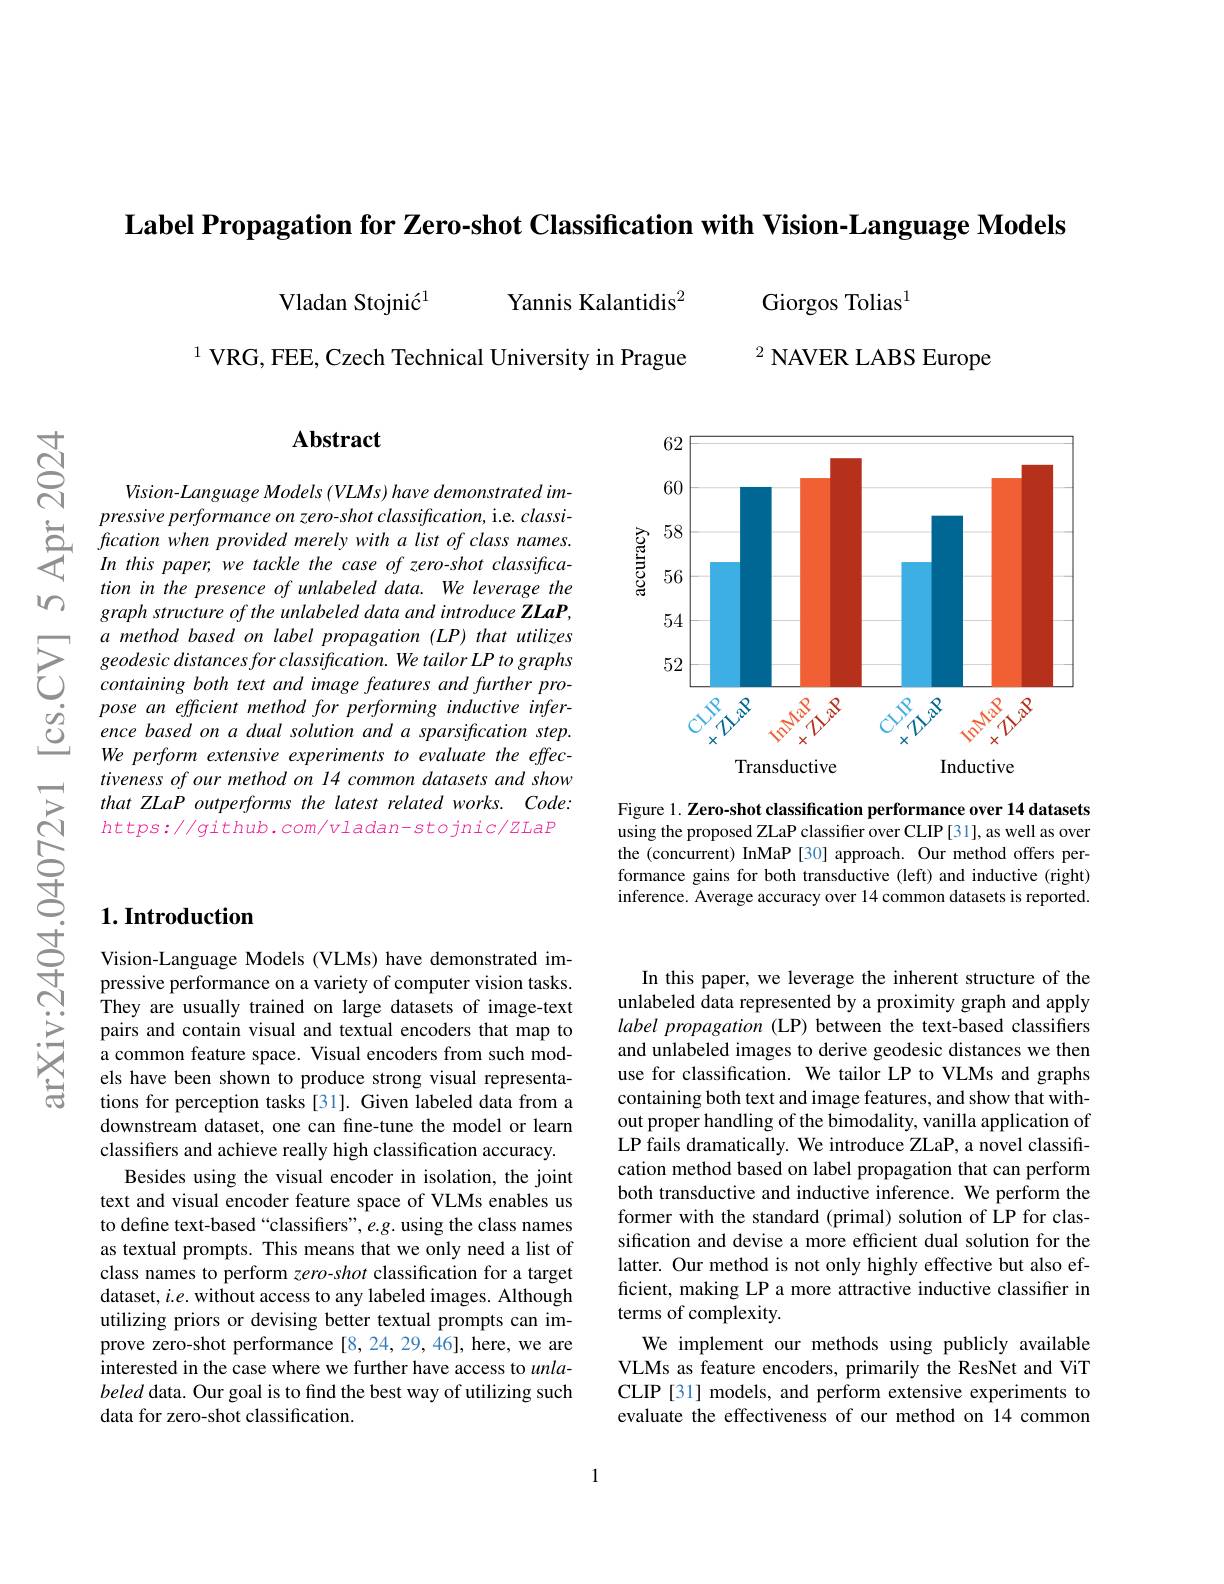
Label Propagation for Zero-shot Classification with Vision-Language Models

Yannis Kalantidis$^{2}$

Vladan Stojnić$^{1}$

$^{1}$ VRG, FEE, Czech Technical University in Prague

Giorgos Tolias$^{1}$

$^{2}$ NAVER LABS Europe

$ন্ল$

$m$

## $\mathbf{Abstract}$

Vision- Language Models (VLMs) have demonstrated im-
pressive performance $on$ $zero- shot$ $classification$, i. e. classi- $\sum fication$ when provided merely with $a$ list $of$ class $names.$ $In$ this $paper$, $we$ tackle the case $of$ $zero- shot$ $classiftca-$
tion in the presence of unlabeled data. We leverage the graph structure of the unlabeled data and introduce ZLaP,
$\sum_{\begin{aligned}&a\text{ method based on label propagation (LP) that utilizes}\\&\text{geodesic distances for classjfication. We tailor LP to graphs}\\&\text{containing both text and image features and further pro-}\end{aligned}}$
pose an efficient method for performing inductive infer-
$\begin{array}{ccc}\dot{O}&pose&an&eftcient&method&for&performung&mductive&mfer-\\\dot{O}&&ence&based&on&a&dual&solution&and&a&sparsification&step.\\&&Wa&narform&astanciva&ararimants&to&avaluata&tha&affac\end{array}$
We perform extensive experiments to evaluate the effectiveness of our method on 14 common datasets and show that ZLaP outperforms the latest related works. Code: $https://github.com/vladan-stojnic/ZLaP$

<FigureHere>

Figure 1. Zero-shot classification performance over 14 datasets using the proposed ZLaP classifier over CLIP[31], as well as over the (concurrent) InMaP [30] approach. Our method offers performance gains for both transductive (left) and inductive (right) inference. Average accuracy over 14 common datasets is reported.

## $1. \textbf{Introduction}$

Vision-Language Models (VLMs) have demonstrated impressive performance on a variety of computer vision tasks. They are usually trained on large datasets of image-text pairs and contain visual and textual encoders that map to a common feature space. Visual encoders from such models have been shown to produce strong visual representations for perception tasks [31]. Given labeled data from a downstream dataset, one can fine-tune the model or learn classifiers and achieve really high classification accuracy.
Besides using the visual encoder in isolation, the joint text and visual encoder feature space of VLMs enables us to define text-based“classifiers”, e.g. using the class names as textual prompts. This means that we only need a list of class names to perform zero-shot classification for a target dataset, $i.e.$ without access to any labeled images. Although utilizing priors or devising better textual prompts can improve zero-shot performance[8,24,29,46], here, we are interested in the case where we further have access to $unla-$ beled data. Our goal is to find the best way of utilizing such data for zero-shot classification.

In this paper, we leverage the inherent structure of the unlabeled data represented by a proximity graph and apply label propagation (LP) between the text-based classifiers and unlabeled images to derive geodesic distances we then use for classification. We tailor LP to VLMs and graphs containing both text and image features, and show that without proper handling of the bimodality, vanilla application of LP fails dramatically. We introduce ZLaP, a novel classification method based on label propagation that can perform both transductive and inductive inference. We perform the former with the standard (primal) solution of LP for classification and devise a more efficient dual solution for the latter. Our method is not only highly effective but also efficient, making LP a more attractive inductive classifier in terms of complexity.
We implement our methods using publicly available VLMs as feature encoders, primarily the ResNet and ViT CLIP [31] models, and perform extensive experiments to evaluate the effectiveness of our method on 14 common

1